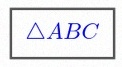
\triangle ABC